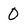
Character: 0